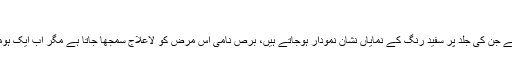
| | Pak World News
اسلام آباد(مانیٹرنگ ڈیسک) آپ نے اکثر ایسے افراد دیکھیں ہوں گے جن کی جلد پر سفید رنگ کے نمایاں نشان نمودار ہوجاتے ہیں، برص نامی اس مرض کو لاعلاج سمجھا جاتا ہے مگر اب ایک ہومیو پیتھک طریقہ علاج میں اس پر قابو پانے کا دعویٰ کیا گیا ہے۔